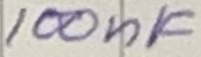
Text: 100nF